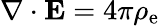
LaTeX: \nabla\cdot\mathbf{E}=4\pi\rho_{\mathrm{e}}